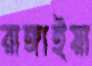
রাঙ্গাইয়া